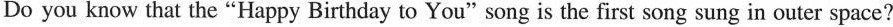
Do you know that the"Happy Birthday to You"song is the first song sung in outer space?